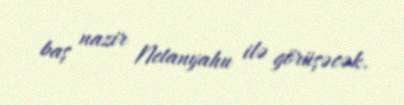
baş nazir Netanyahu ilə görüşəcək.